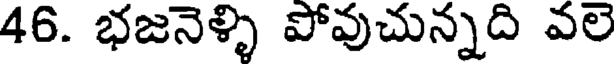
46. భజనెళ్ళి పోవుచున్నది వలె